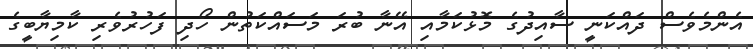
އެންމެވެސް ދައްކަނީ ސާއިދުގެ މޮޅުކަމާއި އޭނާ ބުރަ މަސައްކަތުން ހޯދި ފަހުރުވެރި ކާމިޔާބީގެ